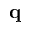
\mathbf { q }